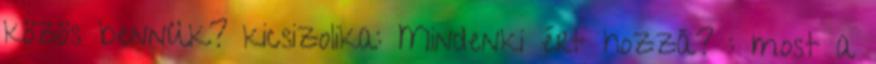
közös bennük? kicsizolika: Mindenki ért hozzá? : most a